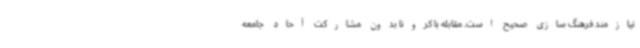
نیازمند فرهنگ سازی صحیح است. مقابله با کرونا بدون مشارکت آحاد جامعه